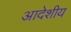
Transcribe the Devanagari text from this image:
आदेशीय